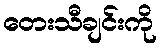
တေးသီချင်းကို